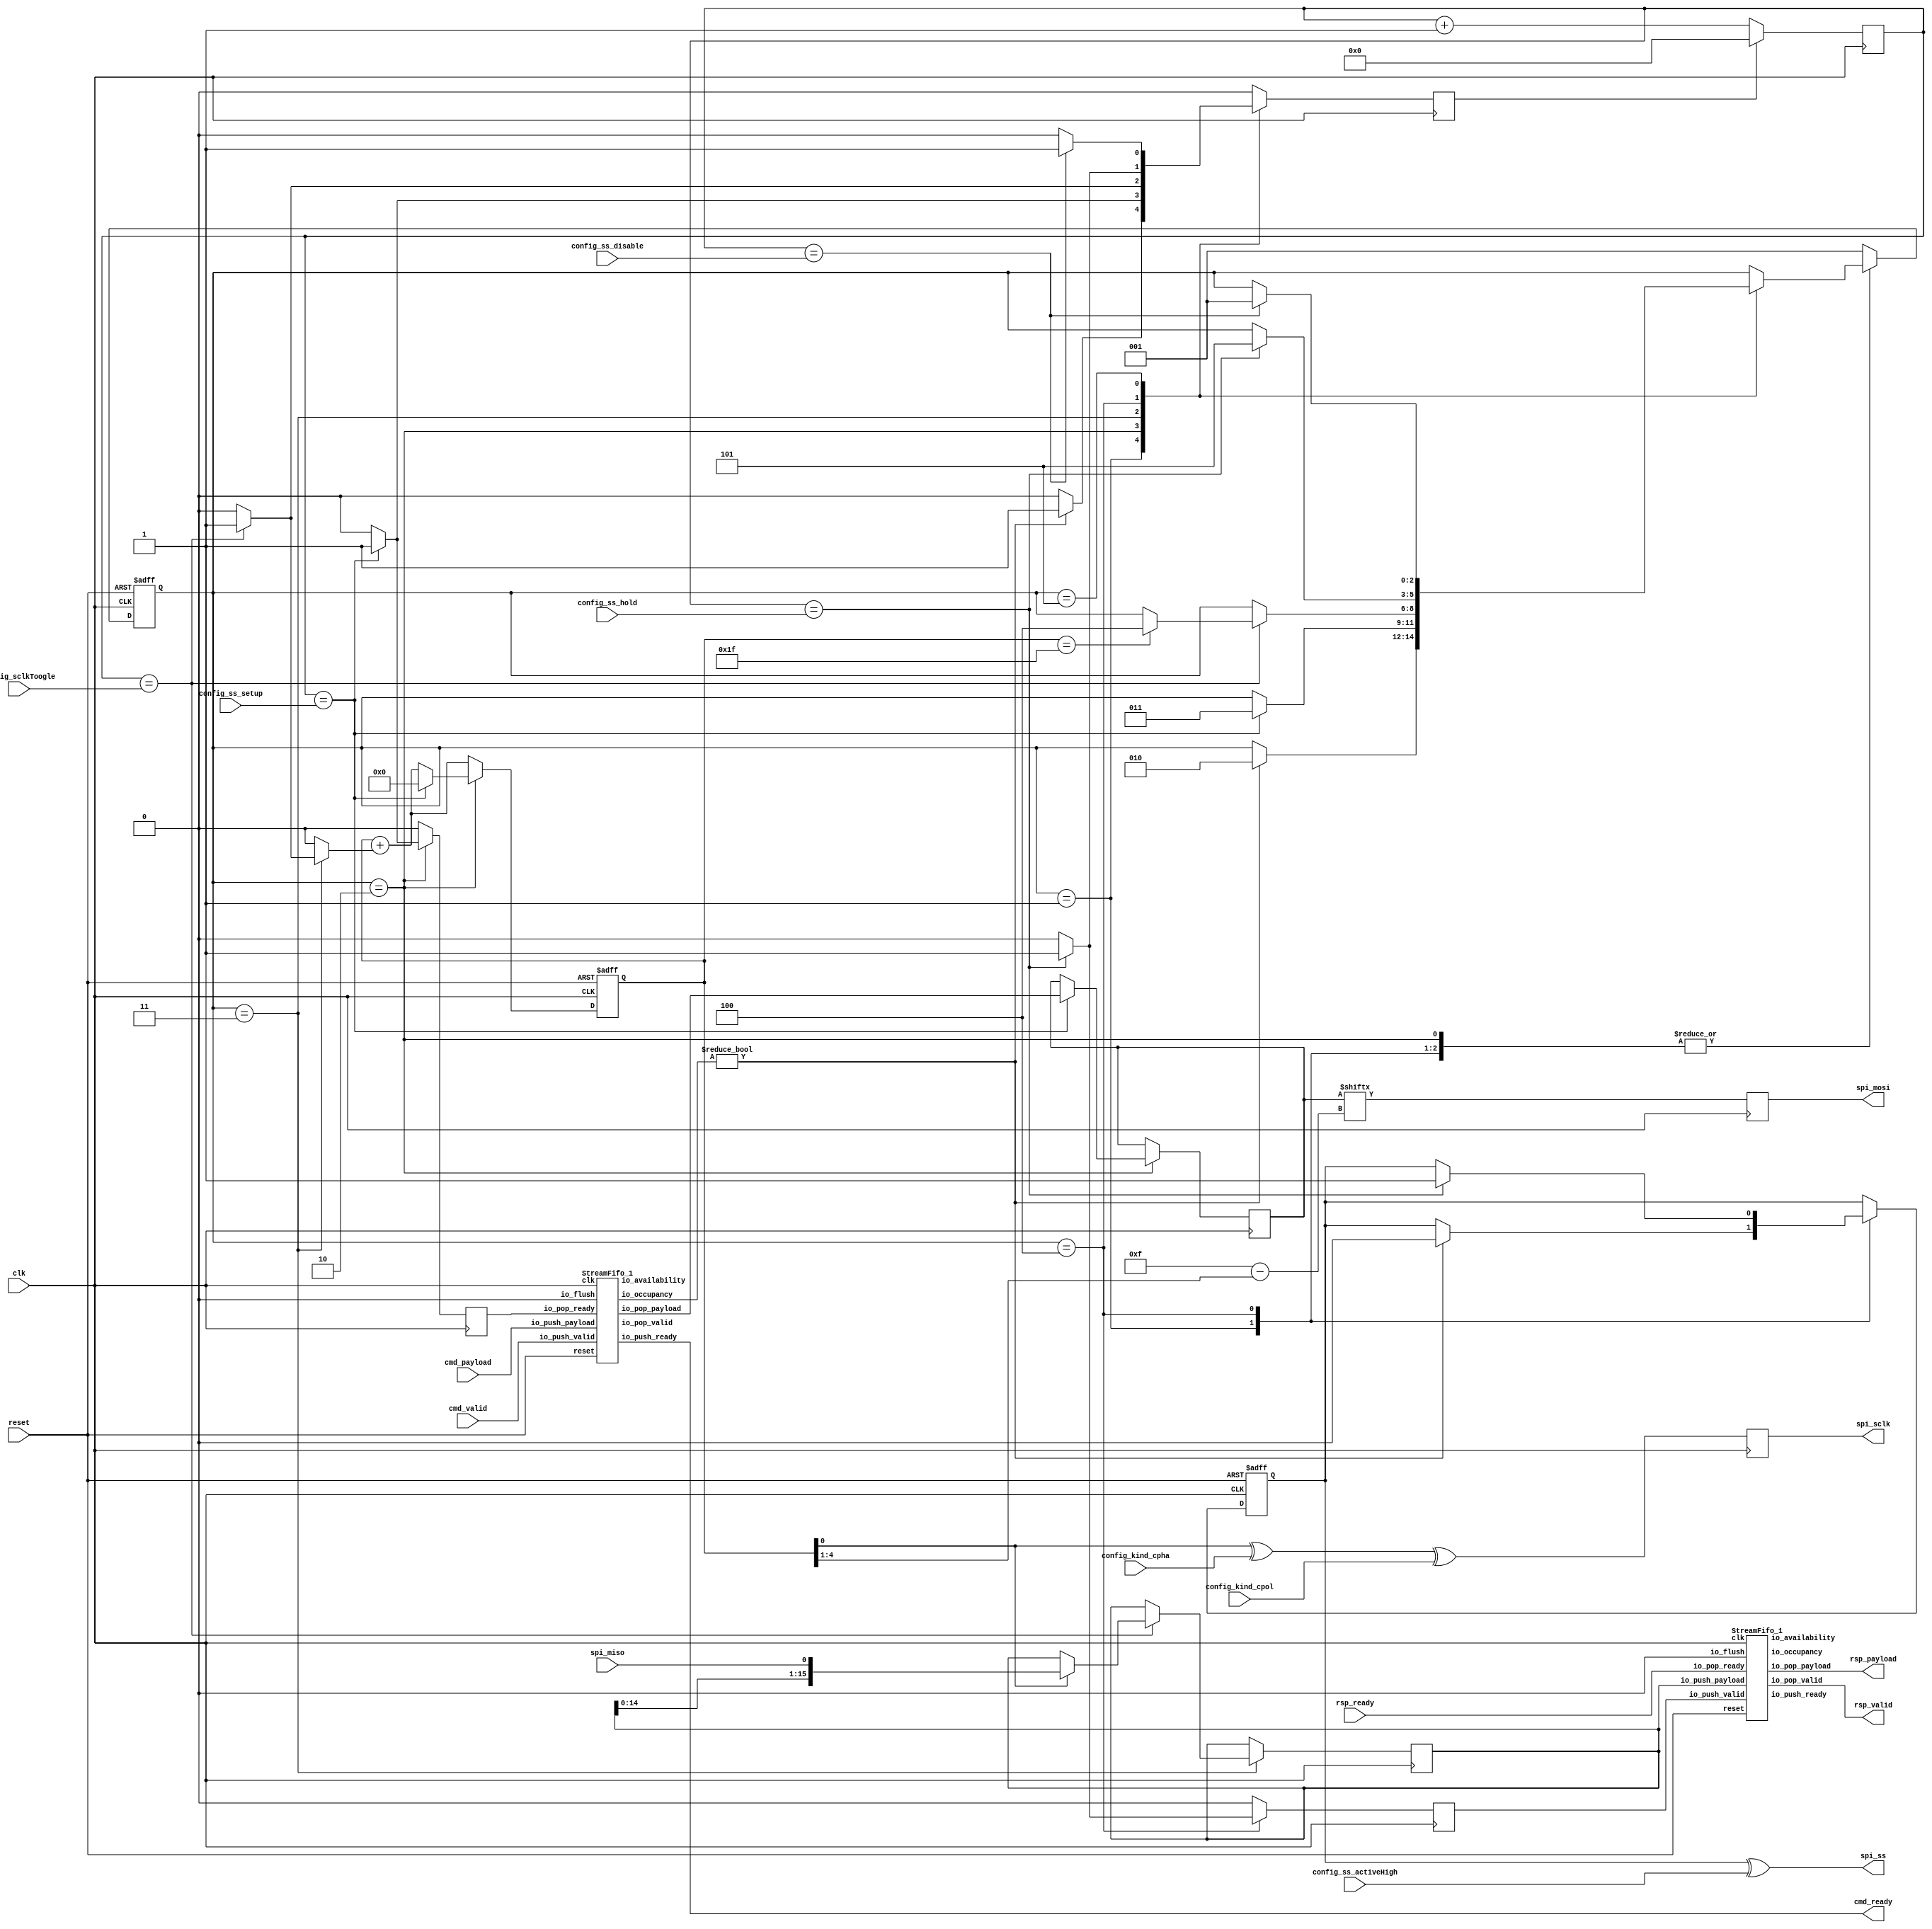
// Generator : SpinalHDL v1.8.0    git head : 4e3563a282582b41f4eaafc503787757251d23ea
// Component : SPI_Ctrl

`timescale 1ns/1ps

module SPI_Ctrl (
  output     [0:0]    spi_ss,
  output              spi_sclk,
  output              spi_mosi,
  input               spi_miso,
  input               config_kind_cpol,
  input               config_kind_cpha,
  input      [7:0]    config_sclkToogle,
  input      [0:0]    config_ss_activeHigh,
  input      [7:0]    config_ss_setup,
  input      [7:0]    config_ss_hold,
  input      [7:0]    config_ss_disable,
  input               cmd_valid,
  output              cmd_ready,
  input      [15:0]   cmd_payload,
  output              rsp_valid,
  input               rsp_ready,
  output     [15:0]   rsp_payload,
  input               clk,
  input               reset
);
  localparam fsm_enumDef_BOOT = 3'd0;
  localparam fsm_enumDef_Init_Start = 3'd1;
  localparam fsm_enumDef_Active_CS = 3'd2;
  localparam fsm_enumDef_Send_Data = 3'd3;
  localparam fsm_enumDef_Disable_CS = 3'd4;
  localparam fsm_enumDef_Dummy_State = 3'd5;

  wire                wr_fifo_io_push_ready;
  wire                wr_fifo_io_pop_valid;
  wire       [15:0]   wr_fifo_io_pop_payload;
  wire       [6:0]    wr_fifo_io_occupancy;
  wire       [6:0]    wr_fifo_io_availability;
  wire                rd_fifo_io_push_ready;
  wire                rd_fifo_io_pop_valid;
  wire       [15:0]   rd_fifo_io_pop_payload;
  wire       [6:0]    rd_fifo_io_occupancy;
  wire       [6:0]    rd_fifo_io_availability;
  wire       [4:0]    _zz_fsm_counter_valueNext;
  wire       [0:0]    _zz_fsm_counter_valueNext_1;
  wire       [3:0]    _zz__zz_spi_mosi;
  wire       [3:0]    _zz__zz_spi_mosi_1;
  wire       [16:0]   _zz_fsm_buffer;
  reg        [7:0]    timer_counter;
  reg                 timer_reset;
  wire                timer_ss_setupHit;
  wire                timer_ss_holdHit;
  wire                timer_ss_disableHit;
  wire                timer_sclkToogleHit;
  reg                 wr_ready;
  wire                fsm_wantExit;
  reg                 fsm_wantStart;
  wire                fsm_wantKill;
  reg                 fsm_counter_willIncrement;
  wire                fsm_counter_willClear;
  reg        [4:0]    fsm_counter_valueNext;
  reg        [4:0]    fsm_counter_value;
  wire                fsm_counter_willOverflowIfInc;
  wire                fsm_counter_willOverflow;
  reg        [15:0]   fsm_buffer;
  reg        [0:0]    fsm_ss;
  reg        [15:0]   fsm_wr_payload;
  reg                 fsm_rsp_valid;
  reg                 _zz_spi_sclk;
  reg                 _zz_spi_mosi;
  reg        [2:0]    fsm_stateReg;
  reg        [2:0]    fsm_stateNext;
  wire                when_Endat_SPI_Ctrl_l52;
  wire                when_Endat_SPI_Ctrl_l75;
  wire                when_Endat_SPI_Ctrl_l78;
  `ifndef SYNTHESIS
  reg [87:0] fsm_stateReg_string;
  reg [87:0] fsm_stateNext_string;
  `endif


  assign _zz_fsm_counter_valueNext_1 = fsm_counter_willIncrement;
  assign _zz_fsm_counter_valueNext = {4'd0, _zz_fsm_counter_valueNext_1};
  assign _zz__zz_spi_mosi = (4'b1111 - _zz__zz_spi_mosi_1);
  assign _zz__zz_spi_mosi_1 = (fsm_counter_value >>> 1);
  assign _zz_fsm_buffer = {fsm_buffer,spi_miso};
  StreamFifo_1 wr_fifo (
    .io_push_valid   (cmd_valid                   ), //i
    .io_push_ready   (wr_fifo_io_push_ready       ), //o
    .io_push_payload (cmd_payload[15:0]           ), //i
    .io_pop_valid    (wr_fifo_io_pop_valid        ), //o
    .io_pop_ready    (wr_ready                    ), //i
    .io_pop_payload  (wr_fifo_io_pop_payload[15:0]), //o
    .io_flush        (1'b0                        ), //i
    .io_occupancy    (wr_fifo_io_occupancy[6:0]   ), //o
    .io_availability (wr_fifo_io_availability[6:0]), //o
    .clk             (clk                         ), //i
    .reset           (reset                       )  //i
  );
  StreamFifo_1 rd_fifo (
    .io_push_valid   (fsm_rsp_valid               ), //i
    .io_push_ready   (rd_fifo_io_push_ready       ), //o
    .io_push_payload (fsm_buffer[15:0]            ), //i
    .io_pop_valid    (rd_fifo_io_pop_valid        ), //o
    .io_pop_ready    (rsp_ready                   ), //i
    .io_pop_payload  (rd_fifo_io_pop_payload[15:0]), //o
    .io_flush        (1'b0                        ), //i
    .io_occupancy    (rd_fifo_io_occupancy[6:0]   ), //o
    .io_availability (rd_fifo_io_availability[6:0]), //o
    .clk             (clk                         ), //i
    .reset           (reset                       )  //i
  );
  `ifndef SYNTHESIS
  always @(*) begin
    case(fsm_stateReg)
      fsm_enumDef_BOOT : fsm_stateReg_string = "BOOT       ";
      fsm_enumDef_Init_Start : fsm_stateReg_string = "Init_Start ";
      fsm_enumDef_Active_CS : fsm_stateReg_string = "Active_CS  ";
      fsm_enumDef_Send_Data : fsm_stateReg_string = "Send_Data  ";
      fsm_enumDef_Disable_CS : fsm_stateReg_string = "Disable_CS ";
      fsm_enumDef_Dummy_State : fsm_stateReg_string = "Dummy_State";
      default : fsm_stateReg_string = "???????????";
    endcase
  end
  always @(*) begin
    case(fsm_stateNext)
      fsm_enumDef_BOOT : fsm_stateNext_string = "BOOT       ";
      fsm_enumDef_Init_Start : fsm_stateNext_string = "Init_Start ";
      fsm_enumDef_Active_CS : fsm_stateNext_string = "Active_CS  ";
      fsm_enumDef_Send_Data : fsm_stateNext_string = "Send_Data  ";
      fsm_enumDef_Disable_CS : fsm_stateNext_string = "Disable_CS ";
      fsm_enumDef_Dummy_State : fsm_stateNext_string = "Dummy_State";
      default : fsm_stateNext_string = "???????????";
    endcase
  end
  `endif

  assign timer_ss_setupHit = (timer_counter == config_ss_setup); // @[BaseType.scala 305:24]
  assign timer_ss_holdHit = (timer_counter == config_ss_hold); // @[BaseType.scala 305:24]
  assign timer_ss_disableHit = (timer_counter == config_ss_disable); // @[BaseType.scala 305:24]
  assign timer_sclkToogleHit = (timer_counter == config_sclkToogle); // @[BaseType.scala 305:24]
  assign cmd_ready = wr_fifo_io_push_ready; // @[Endat_SPI_Ctrl.scala 35:16]
  assign fsm_wantExit = 1'b0; // @[StateMachine.scala 151:28]
  always @(*) begin
    fsm_wantStart = 1'b0; // @[StateMachine.scala 152:19]
    case(fsm_stateReg)
      fsm_enumDef_Init_Start : begin
      end
      fsm_enumDef_Active_CS : begin
      end
      fsm_enumDef_Send_Data : begin
      end
      fsm_enumDef_Disable_CS : begin
      end
      fsm_enumDef_Dummy_State : begin
      end
      default : begin
        fsm_wantStart = 1'b1; // @[StateMachine.scala 362:15]
      end
    endcase
  end

  assign fsm_wantKill = 1'b0; // @[StateMachine.scala 153:18]
  always @(*) begin
    fsm_counter_willIncrement = 1'b0; // @[Utils.scala 536:23]
    case(fsm_stateReg)
      fsm_enumDef_Init_Start : begin
      end
      fsm_enumDef_Active_CS : begin
      end
      fsm_enumDef_Send_Data : begin
        if(timer_sclkToogleHit) begin
          fsm_counter_willIncrement = 1'b1; // @[Utils.scala 540:41]
        end
      end
      fsm_enumDef_Disable_CS : begin
      end
      fsm_enumDef_Dummy_State : begin
      end
      default : begin
      end
    endcase
  end

  assign fsm_counter_willClear = 1'b0; // @[Utils.scala 537:19]
  assign fsm_counter_willOverflowIfInc = (fsm_counter_value == 5'h1f); // @[BaseType.scala 305:24]
  assign fsm_counter_willOverflow = (fsm_counter_willOverflowIfInc && fsm_counter_willIncrement); // @[BaseType.scala 305:24]
  always @(*) begin
    fsm_counter_valueNext = (fsm_counter_value + _zz_fsm_counter_valueNext); // @[Utils.scala 548:15]
    if(fsm_counter_willClear) begin
      fsm_counter_valueNext = 5'h0; // @[Utils.scala 558:15]
    end
  end

  assign rsp_payload = rd_fifo_io_pop_payload; // @[Endat_SPI_Ctrl.scala 108:18]
  assign rsp_valid = rd_fifo_io_pop_valid; // @[Endat_SPI_Ctrl.scala 109:16]
  assign spi_ss[0] = (fsm_ss[0] ^ config_ss_activeHigh[0]); // @[Endat_SPI_Ctrl.scala 113:16]
  assign spi_sclk = _zz_spi_sclk; // @[Endat_SPI_Ctrl.scala 114:15]
  assign spi_mosi = _zz_spi_mosi; // @[Endat_SPI_Ctrl.scala 115:15]
  always @(*) begin
    fsm_stateNext = fsm_stateReg; // @[StateMachine.scala 217:17]
    case(fsm_stateReg)
      fsm_enumDef_Init_Start : begin
        if(when_Endat_SPI_Ctrl_l52) begin
          fsm_stateNext = fsm_enumDef_Active_CS; // @[Enum.scala 148:67]
        end
      end
      fsm_enumDef_Active_CS : begin
        if(timer_ss_setupHit) begin
          fsm_stateNext = fsm_enumDef_Send_Data; // @[Enum.scala 148:67]
        end
      end
      fsm_enumDef_Send_Data : begin
        if(timer_sclkToogleHit) begin
          if(when_Endat_SPI_Ctrl_l78) begin
            fsm_stateNext = fsm_enumDef_Disable_CS; // @[Enum.scala 148:67]
          end
        end
      end
      fsm_enumDef_Disable_CS : begin
        if(timer_ss_holdHit) begin
          fsm_stateNext = fsm_enumDef_Dummy_State; // @[Enum.scala 148:67]
        end
      end
      fsm_enumDef_Dummy_State : begin
        if(timer_ss_disableHit) begin
          fsm_stateNext = fsm_enumDef_Init_Start; // @[Enum.scala 148:67]
        end
      end
      default : begin
      end
    endcase
    if(fsm_wantStart) begin
      fsm_stateNext = fsm_enumDef_Init_Start; // @[Enum.scala 148:67]
    end
    if(fsm_wantKill) begin
      fsm_stateNext = fsm_enumDef_BOOT; // @[Enum.scala 148:67]
    end
  end

  assign when_Endat_SPI_Ctrl_l52 = (wr_fifo_io_occupancy != 7'h0); // @[BaseType.scala 305:24]
  assign when_Endat_SPI_Ctrl_l75 = fsm_counter_value[0]; // @[BaseType.scala 305:24]
  assign when_Endat_SPI_Ctrl_l78 = (fsm_counter_value == 5'h1f); // @[BaseType.scala 305:24]
  always @(posedge clk) begin
    timer_counter <= (timer_counter + 8'h01); // @[Endat_SPI_Ctrl.scala 26:13]
    if(timer_reset) begin
      timer_counter <= 8'h0; // @[Endat_SPI_Ctrl.scala 28:15]
    end
    wr_ready <= 1'b0; // @[Endat_SPI_Ctrl.scala 38:12]
    fsm_rsp_valid <= 1'b0; // @[Endat_SPI_Ctrl.scala 47:15]
    timer_reset <= 1'b0; // @[Endat_SPI_Ctrl.scala 48:17]
    _zz_spi_sclk <= ((fsm_counter_value[0] ^ config_kind_cpha) ^ config_kind_cpol); // @[Reg.scala 39:30]
    _zz_spi_mosi <= fsm_wr_payload[_zz__zz_spi_mosi]; // @[Reg.scala 39:30]
    case(fsm_stateReg)
      fsm_enumDef_Init_Start : begin
        if(when_Endat_SPI_Ctrl_l52) begin
          timer_reset <= 1'b1; // @[Endat_SPI_Ctrl.scala 54:23]
        end
      end
      fsm_enumDef_Active_CS : begin
        if(timer_ss_setupHit) begin
          wr_ready <= 1'b1; // @[Endat_SPI_Ctrl.scala 63:20]
          fsm_wr_payload <= wr_fifo_io_pop_payload; // @[Endat_SPI_Ctrl.scala 64:22]
          timer_reset <= 1'b1; // @[Endat_SPI_Ctrl.scala 65:23]
        end
      end
      fsm_enumDef_Send_Data : begin
        if(timer_sclkToogleHit) begin
          timer_reset <= 1'b1; // @[Endat_SPI_Ctrl.scala 73:23]
          if(when_Endat_SPI_Ctrl_l75) begin
            fsm_buffer <= _zz_fsm_buffer[15:0]; // @[Endat_SPI_Ctrl.scala 76:20]
          end
        end
      end
      fsm_enumDef_Disable_CS : begin
        if(timer_ss_holdHit) begin
          fsm_rsp_valid <= 1'b1; // @[Endat_SPI_Ctrl.scala 87:21]
          timer_reset <= 1'b1; // @[Endat_SPI_Ctrl.scala 88:23]
        end
      end
      fsm_enumDef_Dummy_State : begin
        if(timer_ss_disableHit) begin
          timer_reset <= 1'b1; // @[Endat_SPI_Ctrl.scala 97:23]
        end
      end
      default : begin
      end
    endcase
  end

  always @(posedge clk or posedge reset) begin
    if(reset) begin
      fsm_counter_value <= 5'h0; // @[Data.scala 400:33]
      fsm_ss <= 1'b1; // @[Data.scala 400:33]
      fsm_stateReg <= fsm_enumDef_BOOT; // @[Data.scala 400:33]
    end else begin
      fsm_counter_value <= fsm_counter_valueNext; // @[Reg.scala 39:30]
      fsm_stateReg <= fsm_stateNext; // @[StateMachine.scala 212:14]
      case(fsm_stateReg)
        fsm_enumDef_Init_Start : begin
          if(when_Endat_SPI_Ctrl_l52) begin
            fsm_ss[0] <= 1'b0; // @[Endat_SPI_Ctrl.scala 53:17]
          end
        end
        fsm_enumDef_Active_CS : begin
          if(timer_ss_setupHit) begin
            fsm_counter_value <= 5'h0; // @[Endat_SPI_Ctrl.scala 62:19]
          end
        end
        fsm_enumDef_Send_Data : begin
        end
        fsm_enumDef_Disable_CS : begin
          if(timer_ss_holdHit) begin
            fsm_ss[0] <= 1'b1; // @[Endat_SPI_Ctrl.scala 89:17]
          end
        end
        fsm_enumDef_Dummy_State : begin
        end
        default : begin
        end
      endcase
    end
  end


endmodule

//StreamFifo_1 replaced by StreamFifo_1

module StreamFifo_1 (
  input               io_push_valid,
  output              io_push_ready,
  input      [15:0]   io_push_payload,
  output              io_pop_valid,
  input               io_pop_ready,
  output     [15:0]   io_pop_payload,
  input               io_flush,
  output     [6:0]    io_occupancy,
  output     [6:0]    io_availability,
  input               clk,
  input               reset
);

  reg        [15:0]   _zz_logic_ram_port0;
  wire       [5:0]    _zz_logic_pushPtr_valueNext;
  wire       [0:0]    _zz_logic_pushPtr_valueNext_1;
  wire       [5:0]    _zz_logic_popPtr_valueNext;
  wire       [0:0]    _zz_logic_popPtr_valueNext_1;
  wire                _zz_logic_ram_port;
  wire                _zz_io_pop_payload;
  wire       [5:0]    _zz_io_availability;
  reg                 _zz_1;
  reg                 logic_pushPtr_willIncrement;
  reg                 logic_pushPtr_willClear;
  reg        [5:0]    logic_pushPtr_valueNext;
  reg        [5:0]    logic_pushPtr_value;
  wire                logic_pushPtr_willOverflowIfInc;
  wire                logic_pushPtr_willOverflow;
  reg                 logic_popPtr_willIncrement;
  reg                 logic_popPtr_willClear;
  reg        [5:0]    logic_popPtr_valueNext;
  reg        [5:0]    logic_popPtr_value;
  wire                logic_popPtr_willOverflowIfInc;
  wire                logic_popPtr_willOverflow;
  wire                logic_ptrMatch;
  reg                 logic_risingOccupancy;
  wire                logic_pushing;
  wire                logic_popping;
  wire                logic_empty;
  wire                logic_full;
  reg                 _zz_io_pop_valid;
  wire                when_Stream_l1101;
  wire       [5:0]    logic_ptrDif;
  reg [15:0] logic_ram [0:63];

  assign _zz_logic_pushPtr_valueNext_1 = logic_pushPtr_willIncrement;
  assign _zz_logic_pushPtr_valueNext = {5'd0, _zz_logic_pushPtr_valueNext_1};
  assign _zz_logic_popPtr_valueNext_1 = logic_popPtr_willIncrement;
  assign _zz_logic_popPtr_valueNext = {5'd0, _zz_logic_popPtr_valueNext_1};
  assign _zz_io_availability = (logic_popPtr_value - logic_pushPtr_value);
  assign _zz_io_pop_payload = 1'b1;
  always @(posedge clk) begin
    if(_zz_io_pop_payload) begin
      _zz_logic_ram_port0 <= logic_ram[logic_popPtr_valueNext];
    end
  end

  always @(posedge clk) begin
    if(_zz_1) begin
      logic_ram[logic_pushPtr_value] <= io_push_payload;
    end
  end

  always @(*) begin
    _zz_1 = 1'b0; // @[when.scala 47:16]
    if(logic_pushing) begin
      _zz_1 = 1'b1; // @[when.scala 52:10]
    end
  end

  always @(*) begin
    logic_pushPtr_willIncrement = 1'b0; // @[Utils.scala 536:23]
    if(logic_pushing) begin
      logic_pushPtr_willIncrement = 1'b1; // @[Utils.scala 540:41]
    end
  end

  always @(*) begin
    logic_pushPtr_willClear = 1'b0; // @[Utils.scala 537:19]
    if(io_flush) begin
      logic_pushPtr_willClear = 1'b1; // @[Utils.scala 539:33]
    end
  end

  assign logic_pushPtr_willOverflowIfInc = (logic_pushPtr_value == 6'h3f); // @[BaseType.scala 305:24]
  assign logic_pushPtr_willOverflow = (logic_pushPtr_willOverflowIfInc && logic_pushPtr_willIncrement); // @[BaseType.scala 305:24]
  always @(*) begin
    logic_pushPtr_valueNext = (logic_pushPtr_value + _zz_logic_pushPtr_valueNext); // @[Utils.scala 548:15]
    if(logic_pushPtr_willClear) begin
      logic_pushPtr_valueNext = 6'h0; // @[Utils.scala 558:15]
    end
  end

  always @(*) begin
    logic_popPtr_willIncrement = 1'b0; // @[Utils.scala 536:23]
    if(logic_popping) begin
      logic_popPtr_willIncrement = 1'b1; // @[Utils.scala 540:41]
    end
  end

  always @(*) begin
    logic_popPtr_willClear = 1'b0; // @[Utils.scala 537:19]
    if(io_flush) begin
      logic_popPtr_willClear = 1'b1; // @[Utils.scala 539:33]
    end
  end

  assign logic_popPtr_willOverflowIfInc = (logic_popPtr_value == 6'h3f); // @[BaseType.scala 305:24]
  assign logic_popPtr_willOverflow = (logic_popPtr_willOverflowIfInc && logic_popPtr_willIncrement); // @[BaseType.scala 305:24]
  always @(*) begin
    logic_popPtr_valueNext = (logic_popPtr_value + _zz_logic_popPtr_valueNext); // @[Utils.scala 548:15]
    if(logic_popPtr_willClear) begin
      logic_popPtr_valueNext = 6'h0; // @[Utils.scala 558:15]
    end
  end

  assign logic_ptrMatch = (logic_pushPtr_value == logic_popPtr_value); // @[BaseType.scala 305:24]
  assign logic_pushing = (io_push_valid && io_push_ready); // @[BaseType.scala 305:24]
  assign logic_popping = (io_pop_valid && io_pop_ready); // @[BaseType.scala 305:24]
  assign logic_empty = (logic_ptrMatch && (! logic_risingOccupancy)); // @[BaseType.scala 305:24]
  assign logic_full = (logic_ptrMatch && logic_risingOccupancy); // @[BaseType.scala 305:24]
  assign io_push_ready = (! logic_full); // @[Stream.scala 1097:19]
  assign io_pop_valid = ((! logic_empty) && (! (_zz_io_pop_valid && (! logic_full)))); // @[Stream.scala 1098:18]
  assign io_pop_payload = _zz_logic_ram_port0; // @[Stream.scala 1099:20]
  assign when_Stream_l1101 = (logic_pushing != logic_popping); // @[BaseType.scala 305:24]
  assign logic_ptrDif = (logic_pushPtr_value - logic_popPtr_value); // @[BaseType.scala 299:24]
  assign io_occupancy = {(logic_risingOccupancy && logic_ptrMatch),logic_ptrDif}; // @[Stream.scala 1114:20]
  assign io_availability = {((! logic_risingOccupancy) && logic_ptrMatch),_zz_io_availability}; // @[Stream.scala 1115:23]
  always @(posedge clk or posedge reset) begin
    if(reset) begin
      logic_pushPtr_value <= 6'h0; // @[Data.scala 400:33]
      logic_popPtr_value <= 6'h0; // @[Data.scala 400:33]
      logic_risingOccupancy <= 1'b0; // @[Data.scala 400:33]
      _zz_io_pop_valid <= 1'b0; // @[Data.scala 400:33]
    end else begin
      logic_pushPtr_value <= logic_pushPtr_valueNext; // @[Reg.scala 39:30]
      logic_popPtr_value <= logic_popPtr_valueNext; // @[Reg.scala 39:30]
      _zz_io_pop_valid <= (logic_popPtr_valueNext == logic_pushPtr_value); // @[Reg.scala 39:30]
      if(when_Stream_l1101) begin
        logic_risingOccupancy <= logic_pushing; // @[Stream.scala 1102:23]
      end
      if(io_flush) begin
        logic_risingOccupancy <= 1'b0; // @[Stream.scala 1129:23]
      end
    end
  end


endmodule